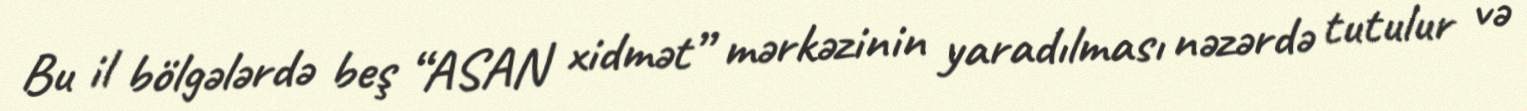
Bu il bölgələrdə beş “ASAN xidmət” mərkəzinin yaradılması nəzərdə tutulur və